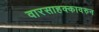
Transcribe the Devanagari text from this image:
वारसाहक्कावरुन